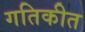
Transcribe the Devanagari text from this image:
गतिकीत